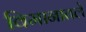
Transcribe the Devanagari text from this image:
विमानातले